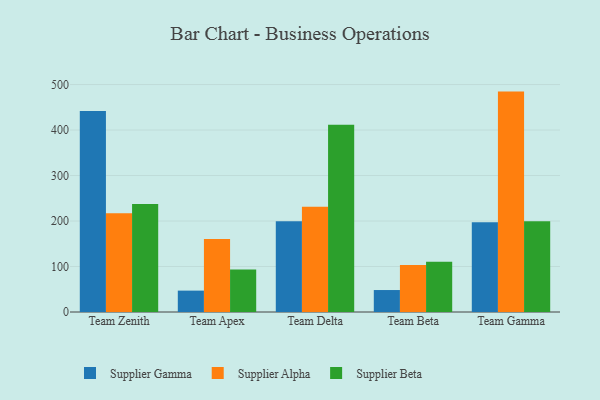
{"axis": {"x": "Team", "y": "Budget (USD K)"}, "legend": ["Supplier Alpha", "Supplier Beta", "Supplier Gamma"], "data": [{"x": "Team Zenith", "y": 441.6, "type": "Supplier Gamma"}, {"x": "Team Zenith", "y": 217.3, "type": "Supplier Alpha"}, {"x": "Team Zenith", "y": 237.6, "type": "Supplier Beta"}, {"x": "Team Apex", "y": 47.0, "type": "Supplier Gamma"}, {"x": "Team Apex", "y": 160.7, "type": "Supplier Alpha"}, {"x": "Team Apex", "y": 93.7, "type": "Supplier Beta"}, {"x": "Team Delta", "y": 199.6, "type": "Supplier Gamma"}, {"x": "Team Delta", "y": 231.2, "type": "Supplier Alpha"}, {"x": "Team Delta", "y": 411.9, "type": "Supplier Beta"}, {"x": "Team Beta", "y": 48.3, "type": "Supplier Gamma"}, {"x": "Team Beta", "y": 103.2, "type": "Supplier Alpha"}, {"x": "Team Beta", "y": 110.6, "type": "Supplier Beta"}, {"x": "Team Gamma", "y": 197.2, "type": "Supplier Gamma"}, {"x": "Team Gamma", "y": 484.5, "type": "Supplier Alpha"}, {"x": "Team Gamma", "y": 199.6, "type": "Supplier Beta"}]}